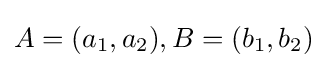
A=(a_{1},a_{2}),B=(b_{1},b_{2})